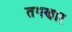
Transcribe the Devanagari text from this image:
तगणार